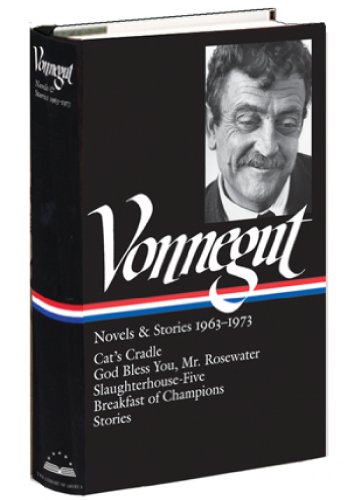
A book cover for Kurt Vonnegut: Novels & Stories 1963-1973: Cat's Cradle / God Bless You, Mr. Rosewater / Slaughterhouse-Five / Breakfast of Champions / Stories (Library of America, No. 216); Kurt Vonnegut; Science Fiction & Fantasy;